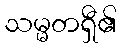
သမ္မတရှီ၏